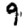
Digit: 9